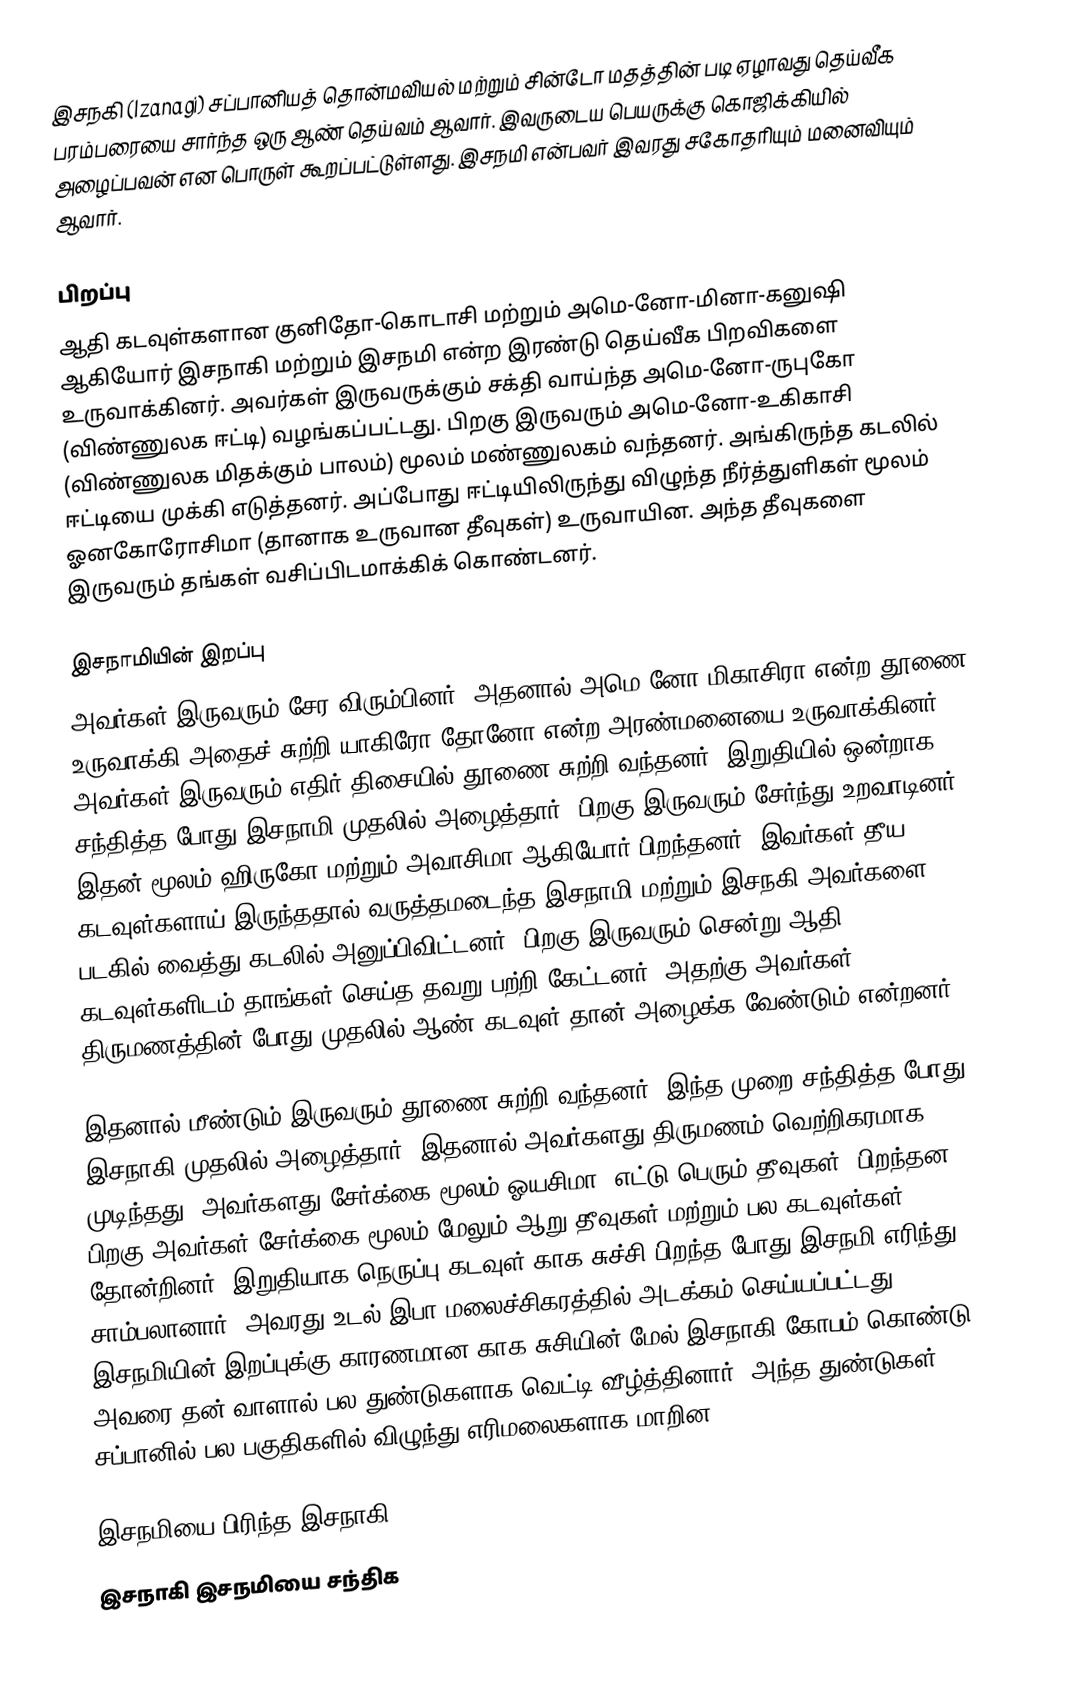
இசநகி (Izanagi) சப்பானியத் தொன்மவியல் மற்றும் சின்டோ மதத்தின் படி ஏழாவது தெய்வீக பரம்பரையை சார்ந்த ஒரு ஆண் தெய்வம் ஆவார். இவருடைய பெயருக்கு கொஜிக்கியில் அழைப்பவன் என பொருள் கூறப்பட்டுள்ளது. இசநமி என்பவர் இவரது சகோதரியும் மனைவியும் ஆவார்.

பிறப்பு
ஆதி கடவுள்களான குனிதோ-கொடாசி மற்றும் அமெ-னோ-மினா-கனுஷி ஆகியோர் இசநாகி மற்றும் இசநமி என்ற இரண்டு தெய்வீக பிறவிகளை உருவாக்கினர். அவர்கள் இருவருக்கும் சக்தி வாய்ந்த அமெ-னோ-ருபுகோ (விண்ணுலக ஈட்டி) வழங்கப்பட்டது. பிறகு இருவரும் அமெ-னோ-உகிகாசி (விண்ணுலக மிதக்கும் பாலம்) மூலம் மண்ணுலகம் வந்தனர். அங்கிருந்த கடலில் ஈட்டியை முக்கி எடுத்தனர். அப்போது ஈட்டியிலிருந்து விழுந்த நீர்த்துளிகள் மூலம் ஓனகோரோசிமா (தானாக உருவான தீவுகள்) உருவாயின. அந்த தீவுகளை இருவரும் தங்கள் வசிப்பிடமாக்கிக் கொண்டனர்.

இசநாமியின் இறப்பு
அவர்கள் இருவரும் சேர விரும்பினர். அதனால் அமெ-னோ-மிகாசிரா என்ற தூணை உருவாக்கி அதைச் சுற்றி யாகிரோ-தோனோ என்ற அரண்மனையை உருவாக்கினர். அவர்கள் இருவரும் எதிர் திசையில் தூணை சுற்றி வந்தனர். இறுதியில் ஒன்றாக சந்தித்த போது இசநாமி முதலில் அழைத்தார். பிறகு இருவரும் சேர்ந்து உறவாடினர். இதன் மூலம் ஹிருகோ மற்றும் அவாசிமா ஆகியோர் பிறந்தனர். இவர்கள் தீய கடவுள்களாய் இருந்ததால் வருத்தமடைந்த இசநாமி மற்றும் இசநகி அவர்களை படகில் வைத்து கடலில் அனுப்பிவிட்டனர். பிறகு இருவரும் சென்று ஆதி கடவுள்களிடம் தாங்கள் செய்த தவறு பற்றி கேட்டனர். அதற்கு அவர்கள் திருமணத்தின் போது முதலில் ஆண் கடவுள் தான் அழைக்க வேண்டும் என்றனர்.

இதனால் மீண்டும் இருவரும் தூணை சுற்றி வந்தனர். இந்த முறை சந்தித்த போது இசநாகி முதலில் அழைத்தார். இதனால் அவர்களது திருமணம் வெற்றிகரமாக முடிந்தது. அவர்களது சேர்க்கை மூலம் ஓயசிமா (எட்டு பெரும் தீவுகள்) பிறந்தன. பிறகு அவர்கள் சேர்க்கை மூலம் மேலும் ஆறு தீவுகள் மற்றும் பல கடவுள்கள் தோன்றினர். இறுதியாக நெருப்பு கடவுள் காக-சுச்சி பிறந்த போது  இசநமி எரிந்து சாம்பலானார். அவரது உடல் இபா மலைச்சிகரத்தில் அடக்கம் செய்யப்பட்டது. இசநமியின் இறப்புக்கு காரணமான காக-சுசியின் மேல் இசநாகி கோபம் கொண்டு அவரை தன் வாளால் பல துண்டுகளாக வெட்டி வீழ்த்தினார். அந்த துண்டுகள் சப்பானில் பல பகுதிகளில் விழுந்து எரிமலைகளாக மாறின.

இசநமியை பிரிந்த இசநாகி
இசநாகி இசநமியை சந்திக